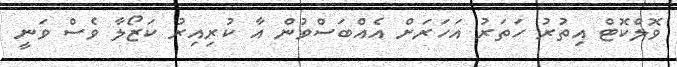
ވޮލްކޮޓް އިތުރު ހަތަރު އަހަރަށް އެއްބަސްވުން އާ ކުރިއިރު ކަޒޯލާ ވެސް ވަނީ